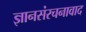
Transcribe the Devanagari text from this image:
ज्ञानसंरचनावाद